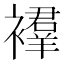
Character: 𫌔